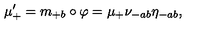
\mu _ { + } ^ { \prime } = m _ { + b } \circ \varphi = \mu _ { + } \nu _ { - a b } \eta _ { - a b } ,